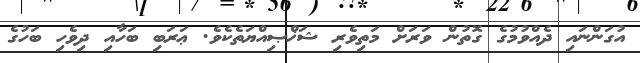
އުގަންނައި ދެއްވުމުގެ ގޮތުން ވަރަށް މަތިވެރި ޝަޚްޞިއްޔަތެކެވެ. ޢަރަބި ބަހާއި ދިވެހި ބަހުގެ